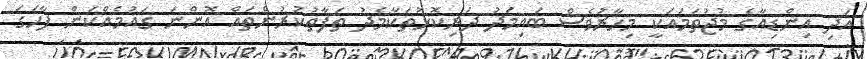
އަދި އިންޑިއާގެ މުޖުތަމައަކީ މިހާރުވެސް ބައިމަދު ދަރިކޮޅުތަކާމެދު ތަފާތުކުރުންތައް އޮންނަ ގައުމެއްކަން ފާހަގަ